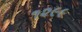
૧૨૯૯